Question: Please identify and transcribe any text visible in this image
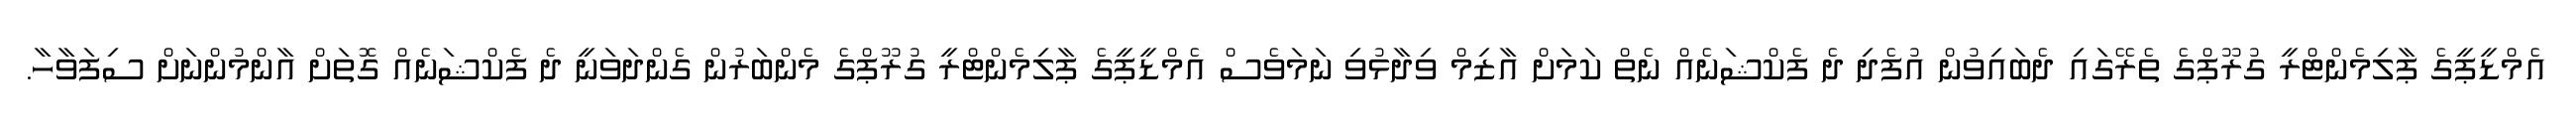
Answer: އެމްޑީޕީގެ ޕާލިމެންޓްރީ ގުރޫޕްގެ ތެރޭގައި ދެބައިވުން އުފެދި ދެ ފެކްޝަނެއް ނެތް ކަމަށް އާޒިމް ވިދާޅުވި ނަމަވެސް އެމްޑީޕީގެ ޕާލިމެންޓްރީ ގުރޫޕްގެ މެންބަރުން ގެންދަވަނީ ދެ ފެކްޝަނެއް ގޮތަށް އާންމުންނަށް ސިފަވާހާ.